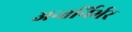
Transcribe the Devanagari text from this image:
अन्तर्निर्भर